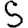
Digit: 5